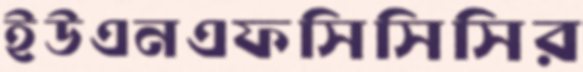
ইউএনএফসিসিসির